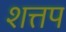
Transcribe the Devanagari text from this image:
शत्तप